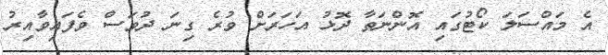
އެ މައްސަލަ ކޯޓުގައި އޮންނަތާ ދޮޅު އަހަރަށް ވުރެ ގިނަ ދުވަސް ވެފައިވާއިރު